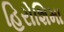
હિરોશિમા